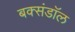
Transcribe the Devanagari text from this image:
बक्संडाॅल